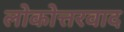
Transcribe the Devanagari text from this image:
लोकोत्तरवाद